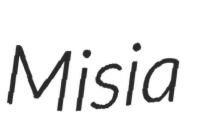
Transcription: Misia